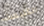
الكنيسة